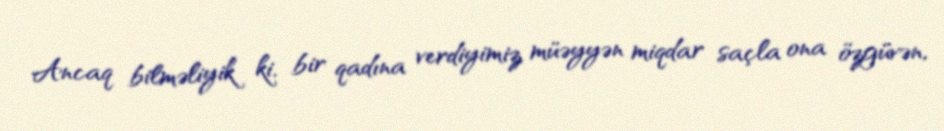
Ancaq bilməliyik ki, bir qadına verdiyimiz müəyyən miqdar saçla ona özgüvən,